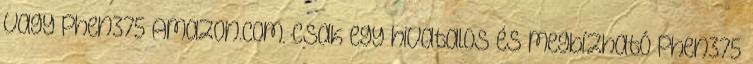
vagy Phen375 Amazon.com. Csak egy hivatalos és megbízható Phen375